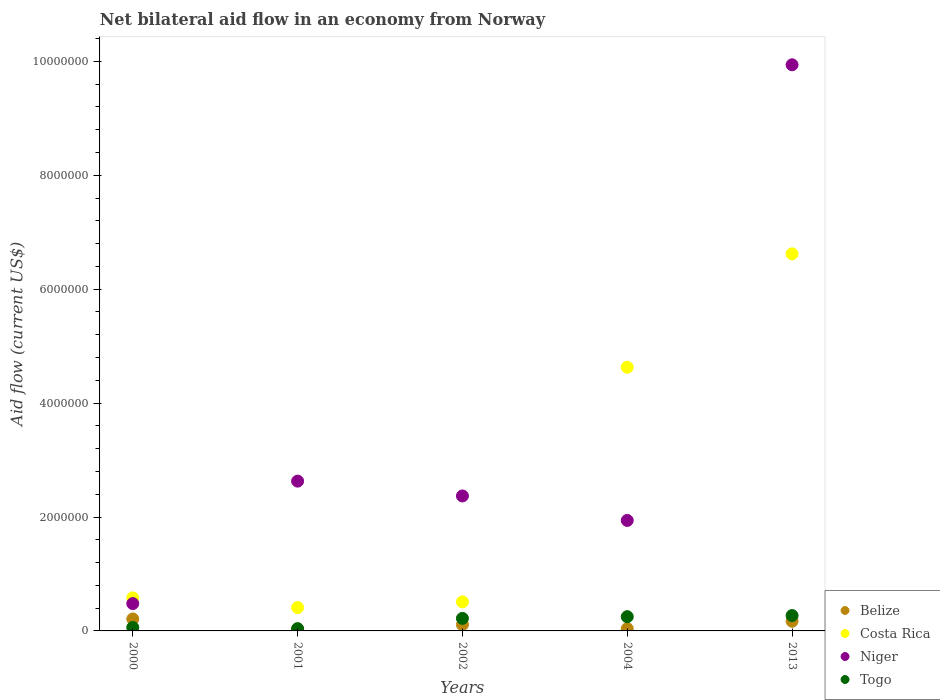
| Years | Belize | Costa Rica | Niger | Togo |
 | --- | --- | --- | --- | --- |
 | 2000 | 2.1e+05 | 5.8e+05 | 4.8e+05 | 6e+04 |
 | 2001 | 3e+04 | 4.1e+05 | 2.63e+06 | 4e+04 |
 | 2002 | 1.1e+05 | 5.1e+05 | 2.37e+06 | 2.2e+05 |
 | 2004 | 4e+04 | 4.63e+06 | 1.94e+06 | 2.5e+05 |
 | 2013 | 1.7e+05 | 6.62e+06 | 9.94e+06 | 2.7e+05 |